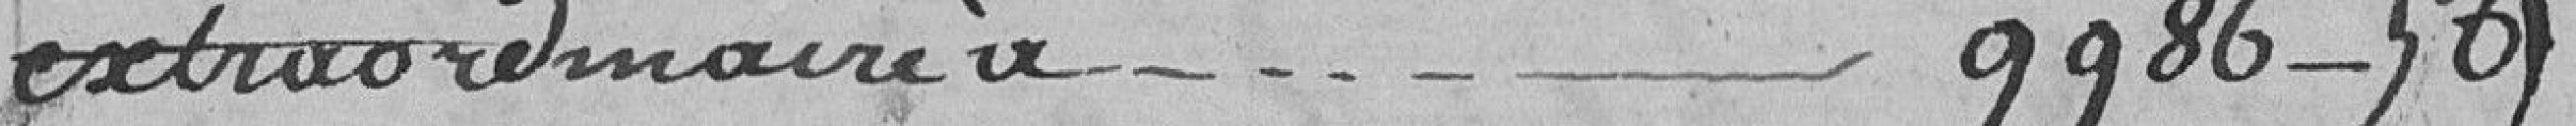
extraordinaire à......................................   9.986,56